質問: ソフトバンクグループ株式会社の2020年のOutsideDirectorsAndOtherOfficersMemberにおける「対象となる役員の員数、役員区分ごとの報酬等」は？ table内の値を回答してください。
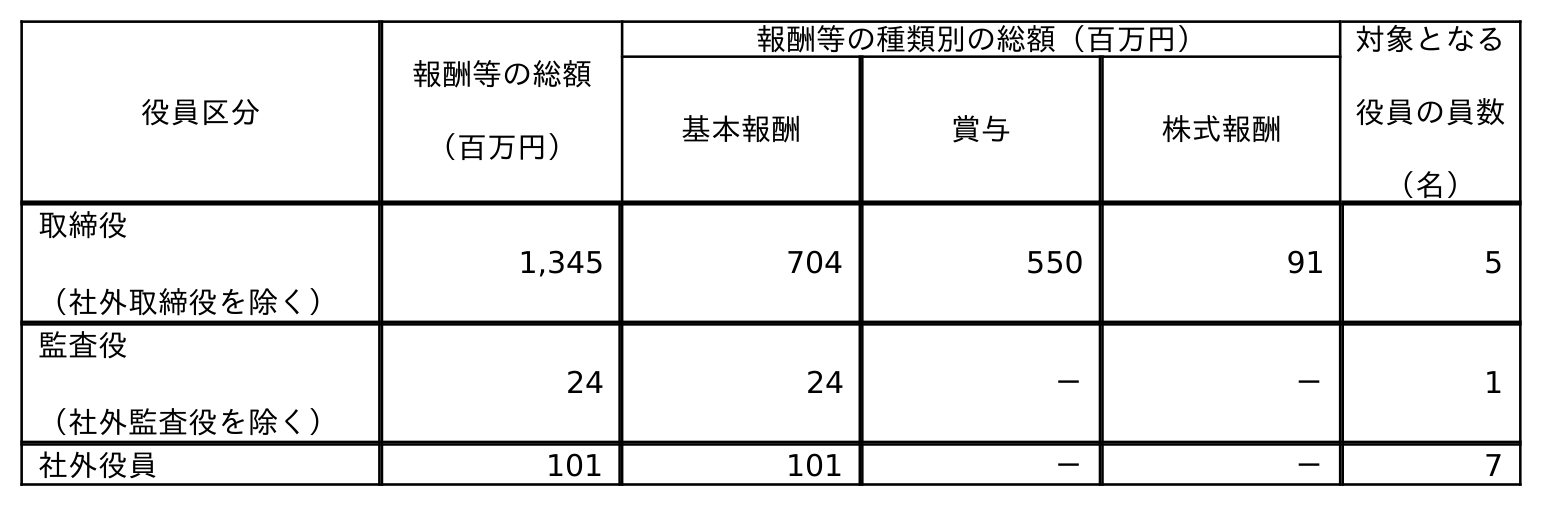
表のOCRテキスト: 役員区分 報酬等の総額 （百万円） 報酬等の種類別の総額（百万円） 対象となる 役員の員数 （名） 基本報酬 賞与 株式報酬 取締役 （社外取締役を除く） 1,345 704 550 91 5 監査役 （社外監査役を除く） 24 24 － － 1 社外役員 101 101 － － 7
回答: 7